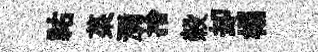
祐菜瀰捨榖却榻